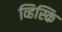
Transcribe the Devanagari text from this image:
व्हिस्कि